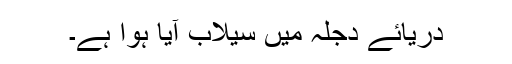
دریائے دجلہ میں سیلاب آیا ہوا ہے۔